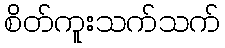
စိတ်ကူးသက်သက်